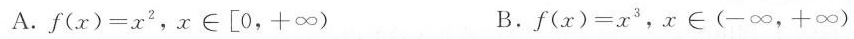
A.$$f ( x ) = x ^ ( 2 )$$，x\in [\left {0，+∞) B.$$f ( x ) = x ^( 3 )$$，x\in(-∞，+∞)